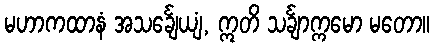
မဟာကထာနံ အသင်္ချေယျံ, ဣတိ သင်္ချာက္ကမော မတော။